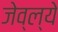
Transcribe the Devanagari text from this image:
जेव्ल्ये